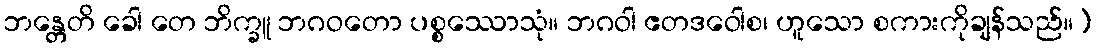
ဘန္တေတိ ခေါ တေ ဘိက္ခူ ဘဂဝတော ပစ္စဿောသုံ။ ဘဂဝါ ဧတဒဝေါစ၊ ဟူသော စကားကိုချန်သည်။)